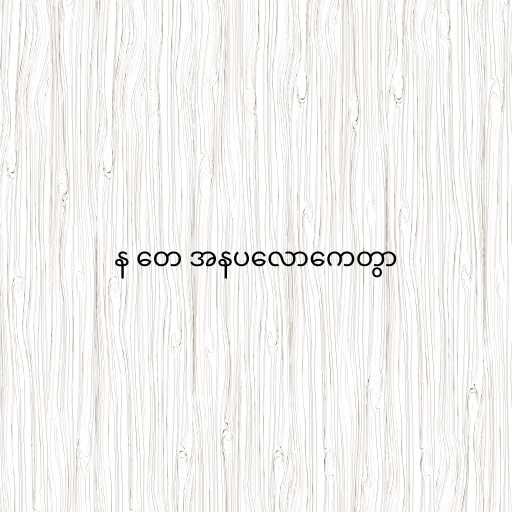
န တေ အနပလောကေတွာ